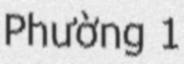
Phường 1